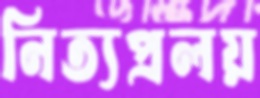
নিত্যপ্রলয়